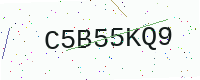
Text: C5B55KQ9